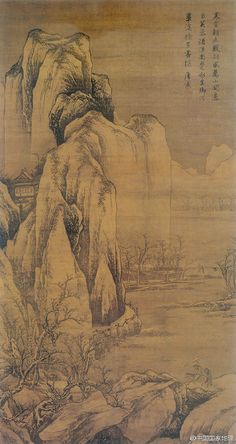
日月照之何不及此？惟有北风号怒天上来。